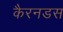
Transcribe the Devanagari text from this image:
कैरनडस